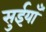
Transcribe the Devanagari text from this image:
सुईयाँ